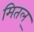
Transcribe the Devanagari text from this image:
मितल्